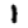
Digit: 1